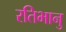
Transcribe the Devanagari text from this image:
रतिभानु